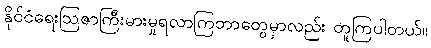
နိုင်ငံရေးဩဇာကြီးမားမှုရလာကြတာတွေမှာလည်း တူကြပါတယ်။